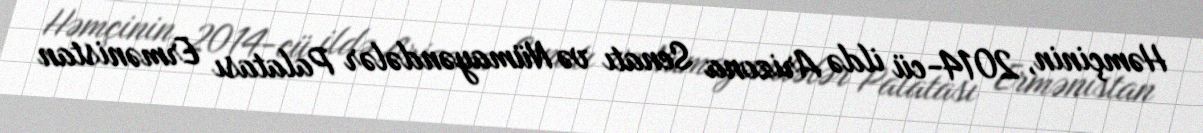
Həmçinin, 2014-cü ildə Arizona Senatı və Nümayəndələr Palatası Ermənistan